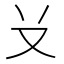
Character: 𠬠